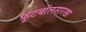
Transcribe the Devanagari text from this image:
फूटबॉलसारखा